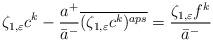
LaTeX: \begin{align*}\zeta_{1,\varepsilon}c^k-\frac{a^+}{\bar{a}^-}\overline{(\zeta_{1,\varepsilon}c^k)^{aps}}=\frac{\zeta_{1,\varepsilon}f^k}{\bar{a}^-}\end{align*}